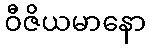
ဝီဇိယမာနော